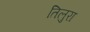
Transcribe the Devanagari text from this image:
तिलुरा